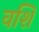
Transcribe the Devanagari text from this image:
वशि